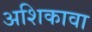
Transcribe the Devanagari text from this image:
अशिकावा